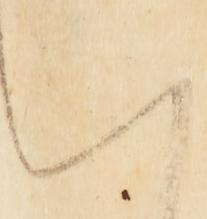
い